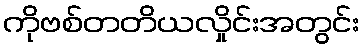
ကိုဗစ်တတိယလှိုင်းအတွင်း